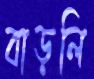
বাড়লি